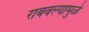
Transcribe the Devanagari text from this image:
राबवल्यामुळे